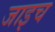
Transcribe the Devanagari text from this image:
जाइच